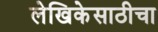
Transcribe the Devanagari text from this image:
लेखिकेसाठीचा